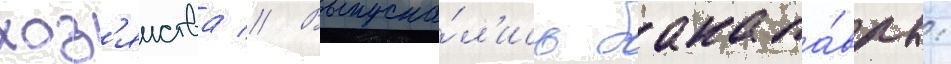
хоз'яиства // Выпуска́л'ись бакала́вры: